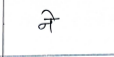
मजकूर: ने